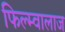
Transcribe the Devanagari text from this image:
फिल्म्वालाज